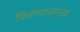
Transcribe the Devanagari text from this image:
फिरण्यासारखा